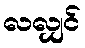
လလျှင်